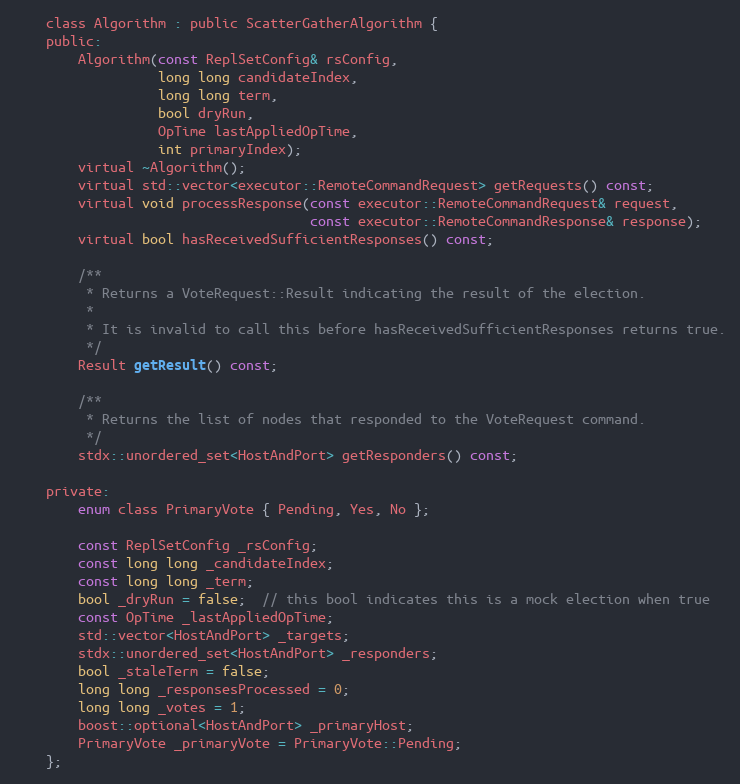
Language: C
    class Algorithm : public ScatterGatherAlgorithm {
    public:
        Algorithm(const ReplSetConfig& rsConfig,
                  long long candidateIndex,
                  long long term,
                  bool dryRun,
                  OpTime lastAppliedOpTime,
                  int primaryIndex);
        virtual ~Algorithm();
        virtual std::vector<executor::RemoteCommandRequest> getRequests() const;
        virtual void processResponse(const executor::RemoteCommandRequest& request,
                                     const executor::RemoteCommandResponse& response);
        virtual bool hasReceivedSufficientResponses() const;

        /**
         * Returns a VoteRequest::Result indicating the result of the election.
         *
         * It is invalid to call this before hasReceivedSufficientResponses returns true.
         */
        Result getResult() const;

        /**
         * Returns the list of nodes that responded to the VoteRequest command.
         */
        stdx::unordered_set<HostAndPort> getResponders() const;

    private:
        enum class PrimaryVote { Pending, Yes, No };

        const ReplSetConfig _rsConfig;
        const long long _candidateIndex;
        const long long _term;
        bool _dryRun = false;  // this bool indicates this is a mock election when true
        const OpTime _lastAppliedOpTime;
        std::vector<HostAndPort> _targets;
        stdx::unordered_set<HostAndPort> _responders;
        bool _staleTerm = false;
        long long _responsesProcessed = 0;
        long long _votes = 1;
        boost::optional<HostAndPort> _primaryHost;
        PrimaryVote _primaryVote = PrimaryVote::Pending;
    };